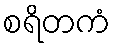
စရိတကံ